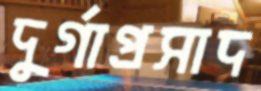
দুর্গাপ্রসাদ